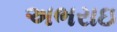
અભરાઇ